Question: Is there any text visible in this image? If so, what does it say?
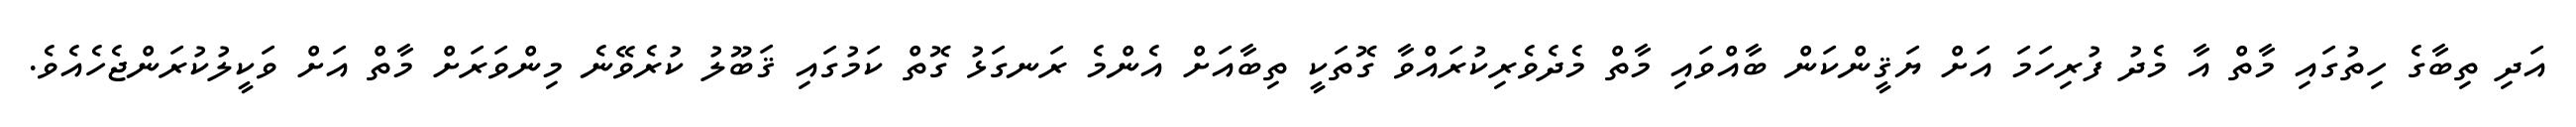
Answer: އަދި ތިބާގެ ހިތުގައި މާތް އާ މެދު ފުރިހަމަ އަށް ޔަޤީންކަން ބާއްވައި މާތް މެދެވެރިކުރައްވާ ގޮތަކީ ތިބާއަށް އެންމެ ރަނގަޅު ގޮތް ކަމުގައި ޤަބޫލު ކުރެވޭނެ މިންވަރަށް މާތް އަށް ވަކީލުކުރަންޖެހެއެވެ.